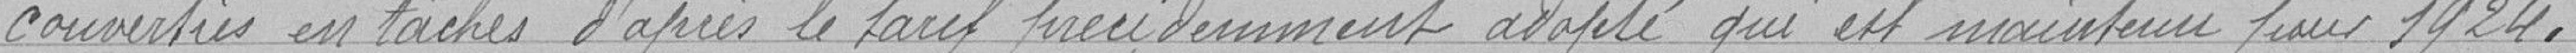
converties en tâches d'après le tarif précédemment adopté qui est maintenu pour.